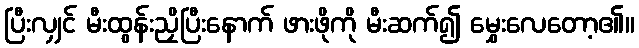
ပြီးလျှင် မီးထွန်းညှိပြီးနောက် ဖားဖိုကို မီးဆက်၍ မွှေးလေတော့၏။